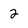
Character: 2